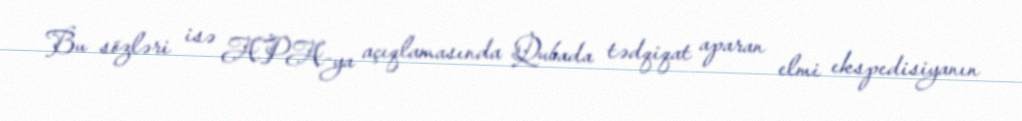
Bu sözləri isə APA-ya açıqlamasında Qubada tədqiqat aparan elmi ekspedisiyanın